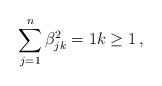
LaTeX: \begin{align*} \sum_{j=1}^n\beta_{jk}^2=1k\ge1\,,\end{align*}